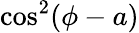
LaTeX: \cos^{2}(\phi-a)